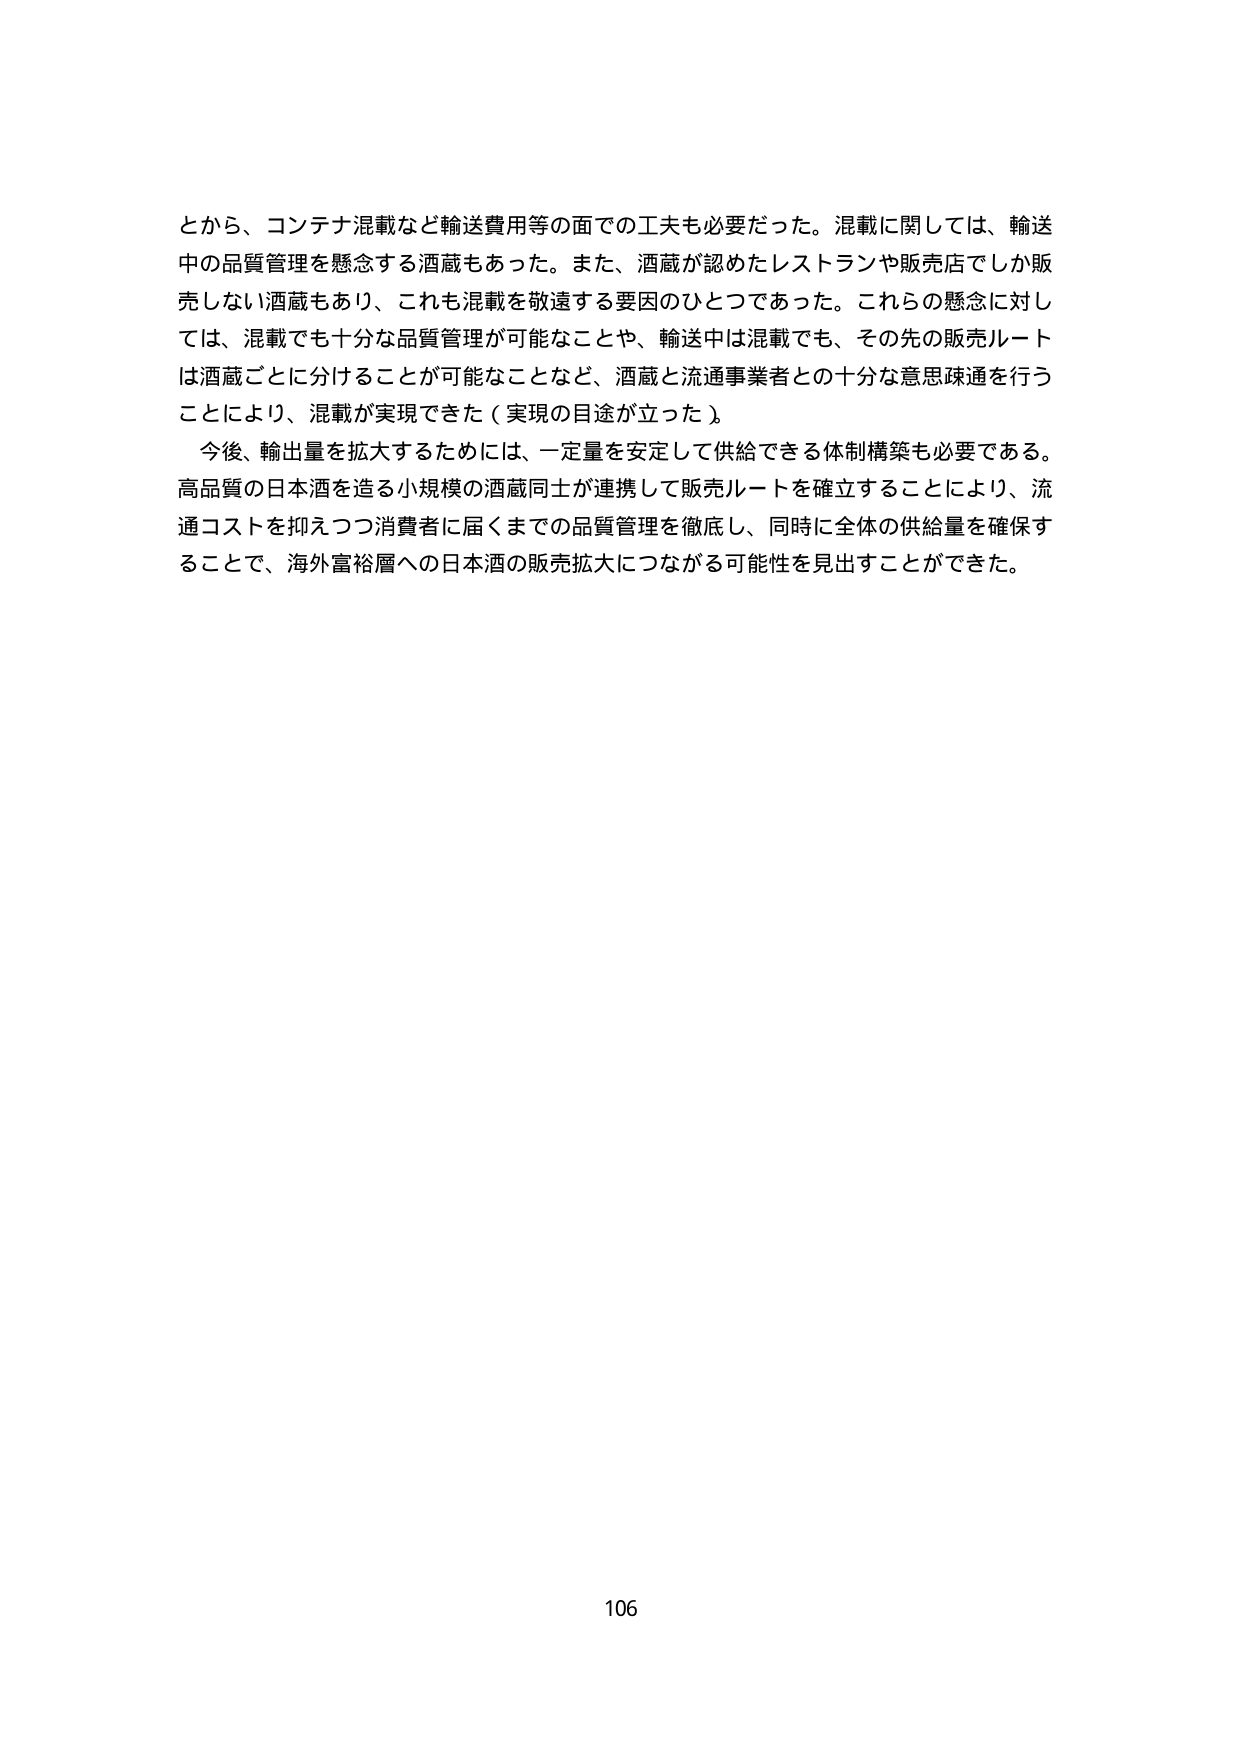
とから、コンテナ混載など輸送費用等の面での工夫も必要だった。混載に関しては、輸送中の品質管理を懸念する酒蔵もあった。また、酒蔵が認めたレストランや販売店でしか販売しない酒蔵もあり、これも混載を敬遠する要因のひとつであった。これらの懸念に対しては、混載でも十分な品質管理が可能なことや、輸送中は混載でも、その先の販売ルートは酒蔵ごとに分けることが可能なことなど、酒蔵と流通事業者との十分な意思疎通を行うことにより、混載が実現できた（実現の目途が立った）。

今後、輸出量を拡大するためには、一定量を安定して供給できる体制構築も必要である。高品質の日本酒を造る小規模の酒蔵同士が連携して販売ルートを確立することにより、流通コストを抑えつつ消費者に届くまでの品質管理を徹底し、同時に全体の供給量を確保することで、海外富裕層への日本酒の販売拡大につながる可能性を見出すことができた。

106